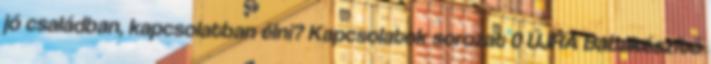
jó családban, kapcsolatban élni? Kapcsolatok sorozat 0 ÚJRA Babakészítő